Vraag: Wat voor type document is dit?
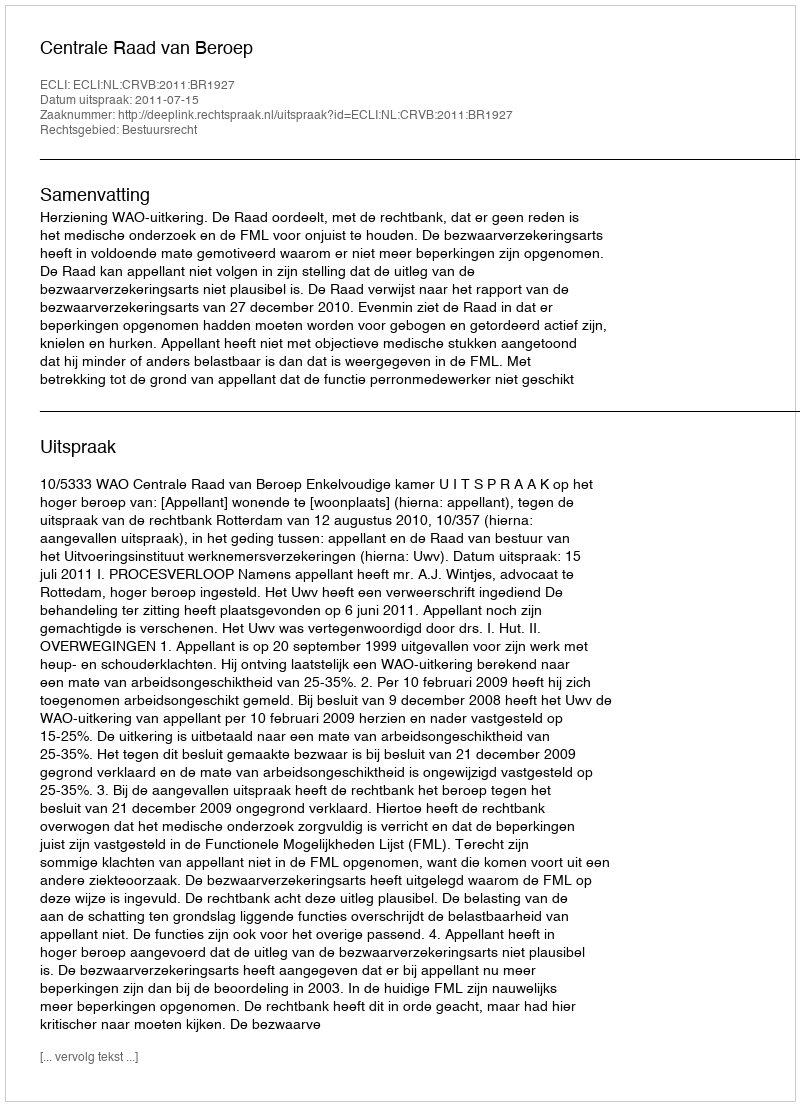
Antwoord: Uitspraak